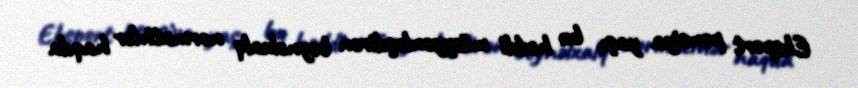
Ekspert pensiya yaşı, bu həddi müəyyənləşdirən beynəlxalq normativlər haqda